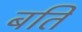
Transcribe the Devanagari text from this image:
बति